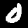
Digit: 0